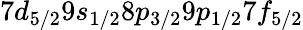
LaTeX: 7d_{5/2}9s_{1/2}8p_{3/2}9p_{1/2}7f_{5/2}